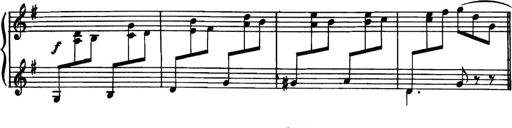
Title: Piano Sonatina in G minor
Composer: John Blackwood McEwen
Key: G minor